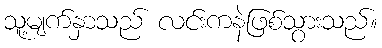
သူ့မျက်နှာသည် လင်းကနဲဖြစ်သွားသည်။